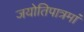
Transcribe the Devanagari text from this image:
जयोतिपात्रमां